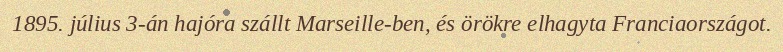
1895. július 3-án hajóra szállt Marseille-ben, és örökre elhagyta Franciaországot.